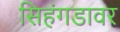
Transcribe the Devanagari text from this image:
सिहंगडावर